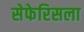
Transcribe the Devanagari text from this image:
सेफेरिसला